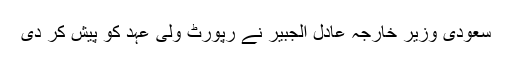
سعودی وزیر خارجہ عادل الجبیر نے رپورٹ ولی عہد کو پیش کر دی